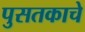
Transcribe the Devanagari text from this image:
पुसतकाचे